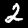
Digit: 2